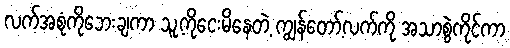
လက်အစုံကိုဘေးချကာ သူ့ကိုငေးမိနေတဲ့ ကျွန်တော့်လက်ကို အသာစွဲကိုင်ကာ